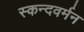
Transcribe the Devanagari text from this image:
स्कन्दवर्मन